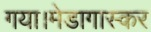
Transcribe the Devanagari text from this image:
गया।मेडागास्कर